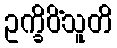
ဥက္ခိပိံသူတိ